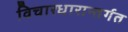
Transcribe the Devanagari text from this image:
विचारधारान्तर्गत